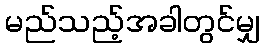
မည်သည့်အခါတွင်မျှ